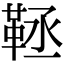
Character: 𩊨